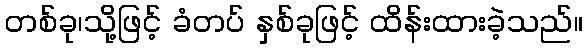
တစ်ခု၊သို့ဖြင့် ခံတပ် နှစ်ခုဖြင့် ထိန်းထားခဲ့သည်။